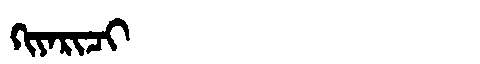
Manchu: ᡴᡳᠶᠠᡵᡳᠴᡳ
Romanization: KIYARICI